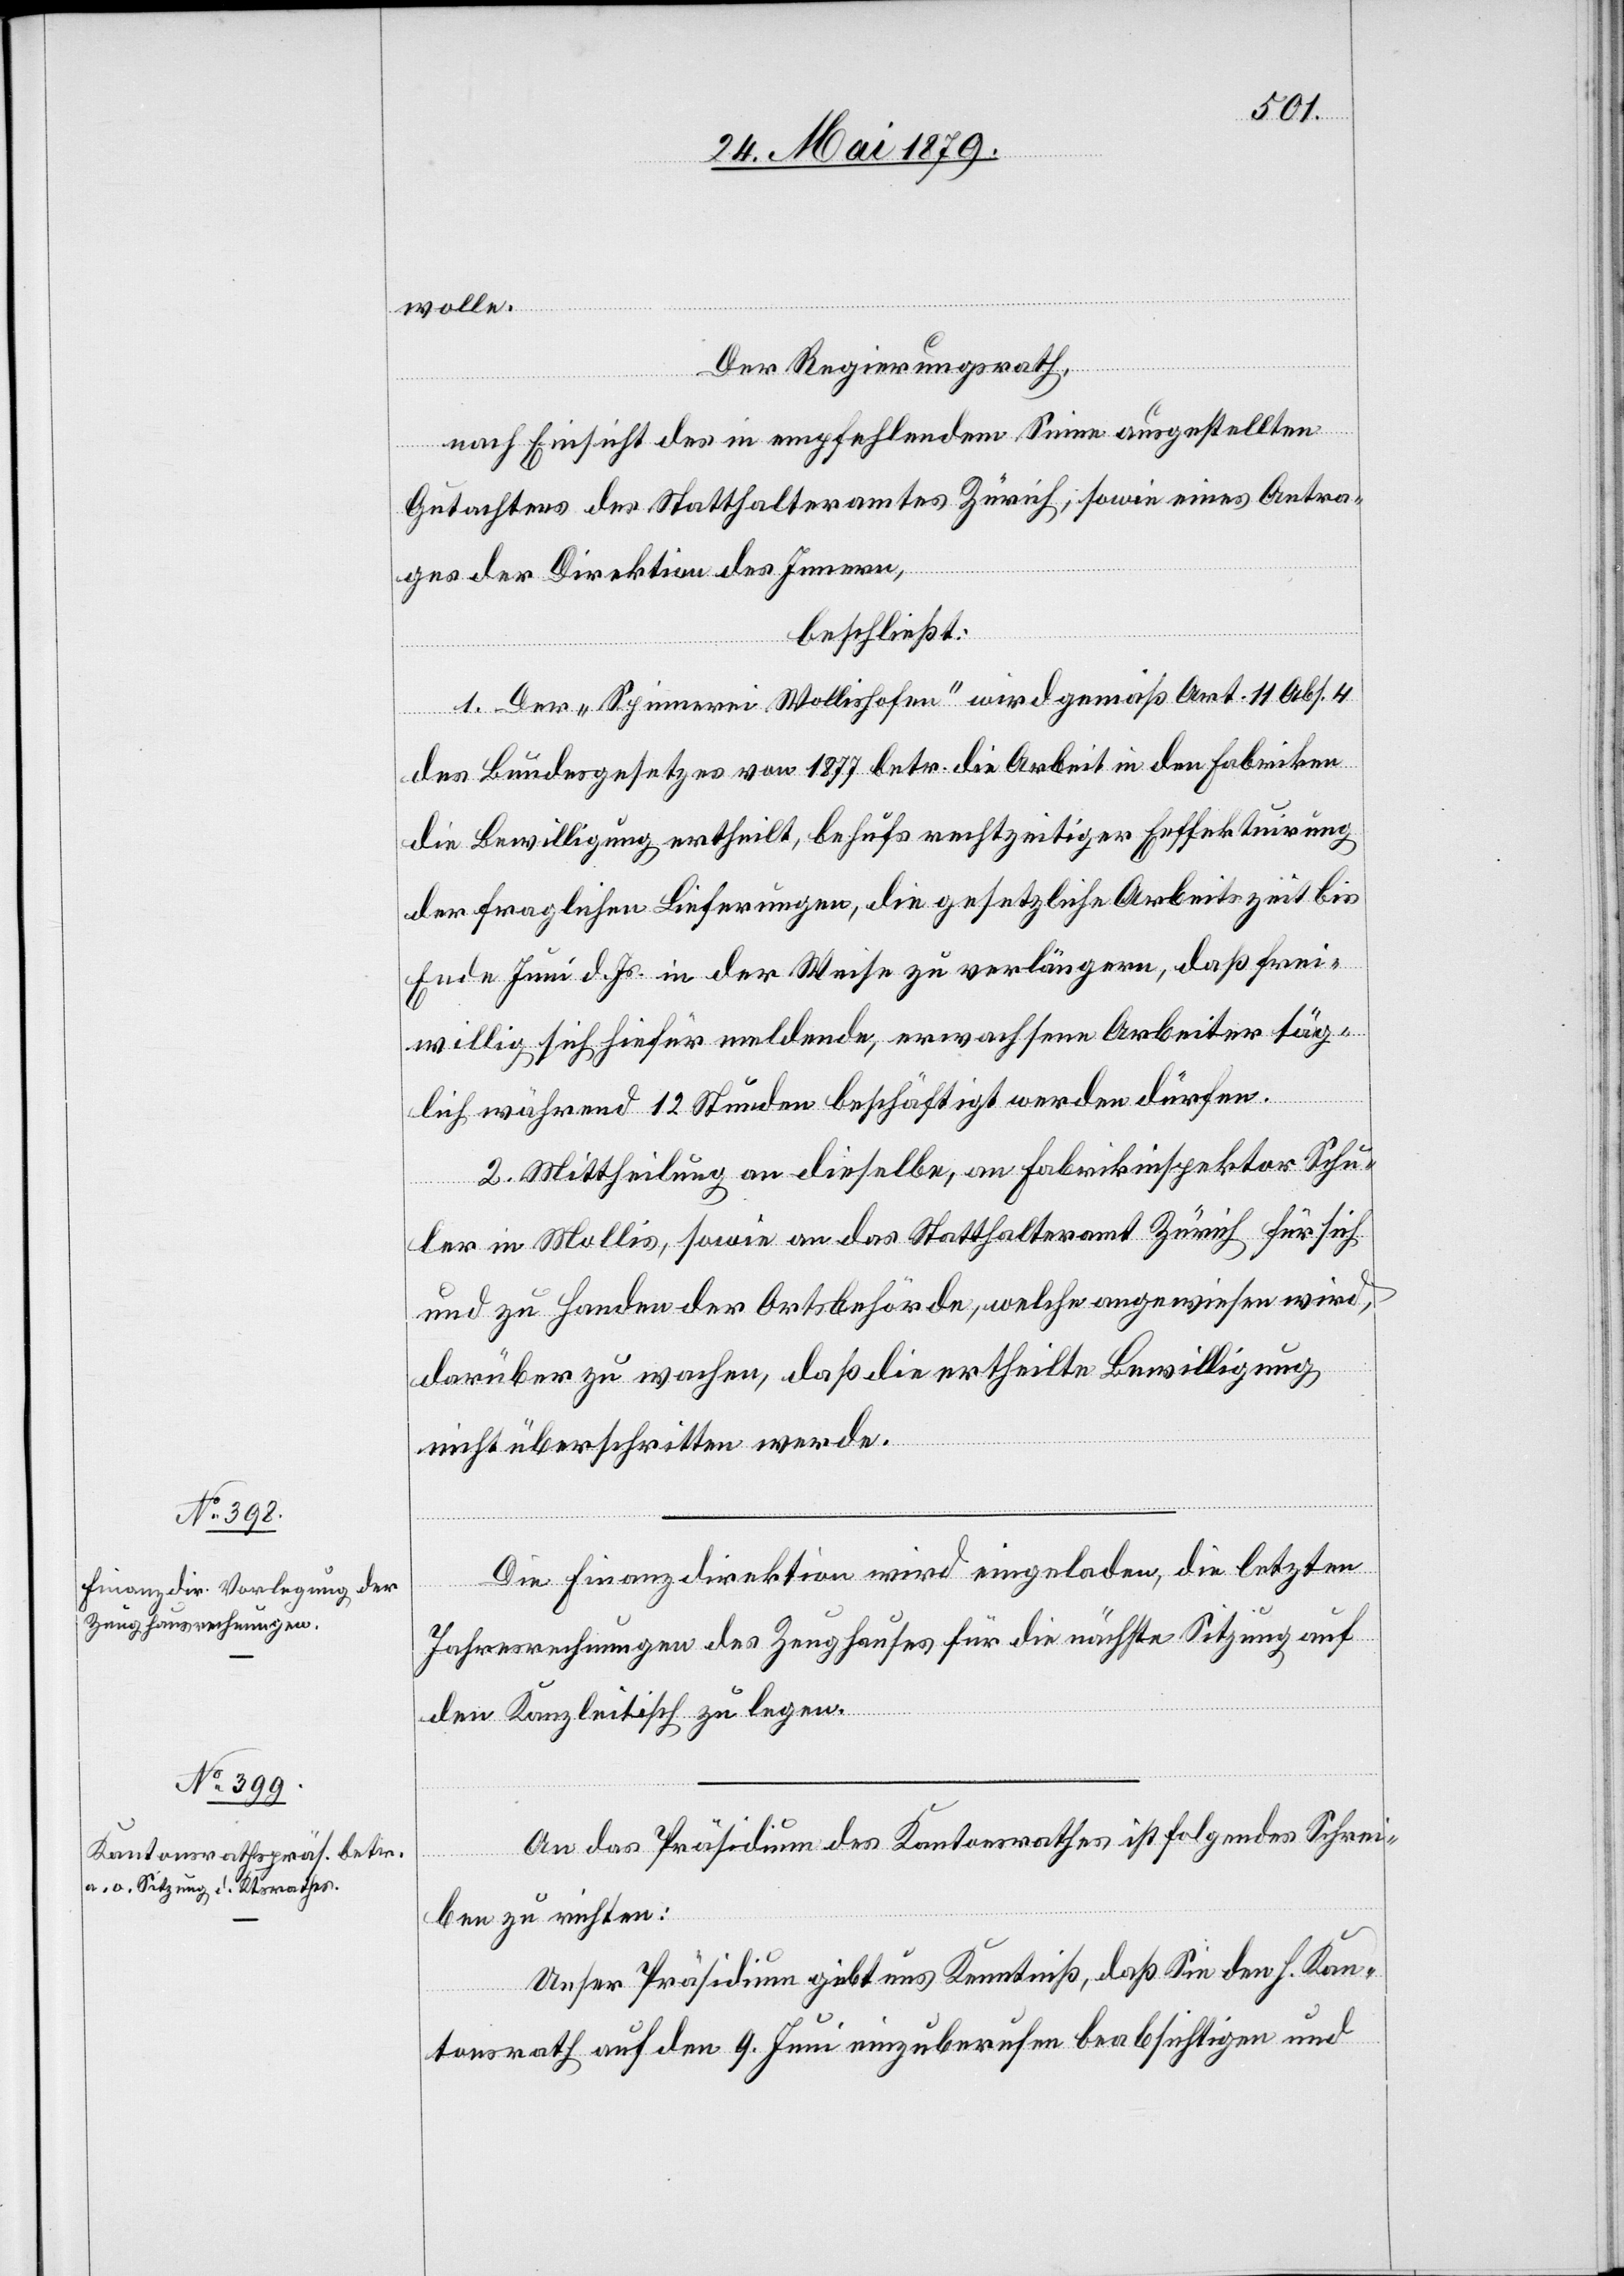
wolle.
Der Regierungsrath,
nach Einsicht des in empfehlendem Sinne ausgestellten
Gutachtens des Statthalteramtes Zürich; sowie eines Antra¬
ges der Direktion des Innern,
beschließt:
1. Der „Spinnerei Wollishofen“ wird gemäß Art. 11 Abs. 4
des Bundesgesetzes von 1877 betr. die Arbeit in den Fabriken
die Bewilligung ertheilt, behufs rechtzeitiger Eeffektuirung
der fraglichen Lieferungen, die gesetzliche Arbeitszeit bis
Ende Juni d. Js. in der Weise zu verlängern, daß frei¬
willig sich hiefür meldende, erwachsene Arbeiter täg¬
lich während 12 Stunden beschäftigt werden dürfen.
2. Mittheilung an dieselbe, an Fabrikinspektor Schu¬
ler in Mollis, sowie an das Statthalteramt Zürich für sich
und zu Handen der Ortsbehörde, welche angewiesen wird,
darüber zu wachen, daß die ertheilte Bewilligung
nicht überschritten werde.
Die Finanzdirektion wird eingeladen, die letzten
Jahresrechnungen des Zeughauses für die nächste Sitzung auf
den Kanzleitisch zu legen.
An das Präsidium des Kantonsrathes ist folgendes Schrei¬
ben zu richten:
Unser Präsidium gibt uns Kenntniß, daß Sie den h. Kan¬
tonsrath auf den 9. Juni einzuberufen beabsichtigen und